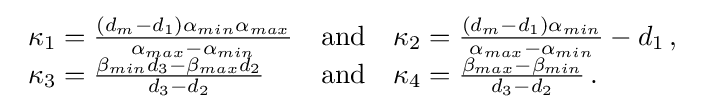
{\begin{array}{lcl}\kappa _{1}={\frac {(d_{m}-d_{1})\alpha _{min}\alpha _{max}}{\alpha _{max}-\alpha _{min}}}&{\mbox{and}}&\kappa _{2}={\frac {(d_{m}-d_{1})\alpha _{min}}{\alpha _{max}-\alpha _{min}}}-d_{1}\,,\\\kappa _{3}={\frac {\beta _{min}d_{3}-\beta _{max}d_{2}}{d_{3}-d_{2}}}&{\mbox{and}}&\kappa _{4}={\frac {\beta _{max}-\beta _{min}}{d_{3}-d_{2}}}\,.\end{array}}